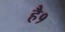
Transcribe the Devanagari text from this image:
है१